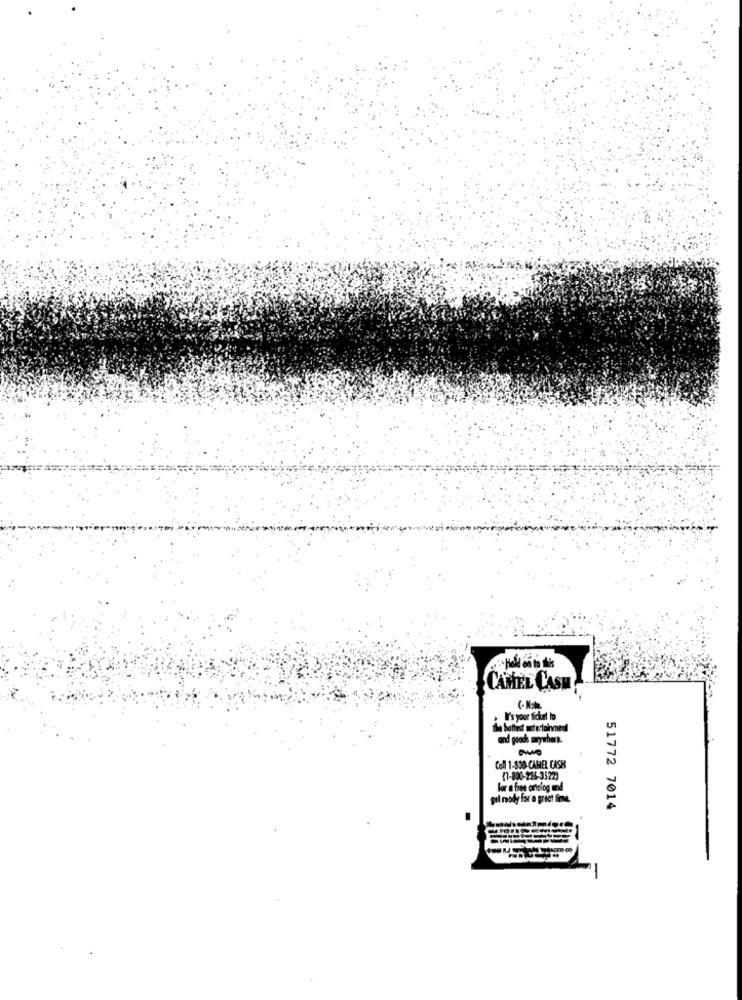
hold on to this
CAMEL CASH
I's your ticket to
the hottest meterloinmeal
and goods mywhere.
Coll 1-830-CAMEL CASH
(7-800-226-3522)
For a free cartolog and
gil roody for a greet fine.
51772 7014